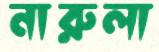
নারুলা